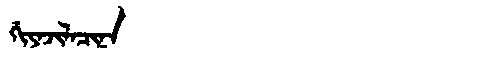
Manchu: ᡤᡳᠶᠠᠵᡳᠯᠠᠴᡳᠨᠠ
Romanization: GIYAJILACINA